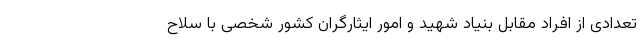
تعدادی از افراد مقابل بنیاد شهید و امور ایثارگران کشور شخصی با سلاح